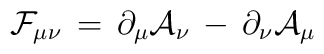
\mathcal{F}_{\mu\nu} \, = \, \partial_\mu \mathcal{A}_\nu \, - \,                               \partial_\nu \mathcal{A}_\mu